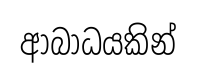
ආබාධයකින්